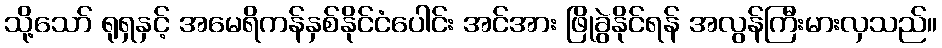
သို့သော် ရုရှနှင့် အမေရိကန်နှစ်နိုင်ငံပေါင်း အင်အား ဖြိုခွဲနိုင်ရန် အလွန်ကြီးမားလှသည်။